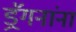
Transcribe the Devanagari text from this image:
ड्रॅगनांना